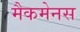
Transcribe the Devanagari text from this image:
मैकमेनस